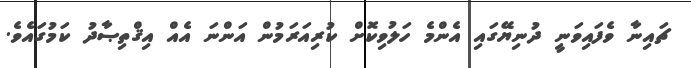
ޗައިނާ ވެފައިވަނީ ދުނިޔޭގައި އެންމެ ހަލުވިކޮށް ކުރިއަރަމުން އަންނަ އެއް އިޤްތިޞާދު ކަމުގައެވެ.